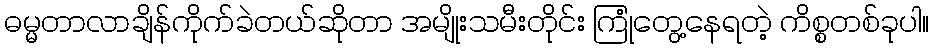
ဓမ္မတာလာချိန်ကိုက်ခဲတယ်ဆိုတာ အမျိုးသမီးတိုင်း ကြုံတွေ့နေရတဲ့ ကိစ္စတစ်ခုပါ။